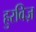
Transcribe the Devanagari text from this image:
हुरविज़